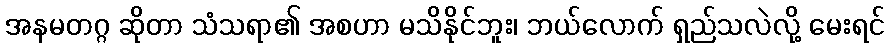
အနမတဂ္ဂ ဆိုတာ သံသရာ၏ အစဟာ မသိနိုင်ဘူး၊ ဘယ်လောက် ရှည်သလဲလို့ မေးရင်